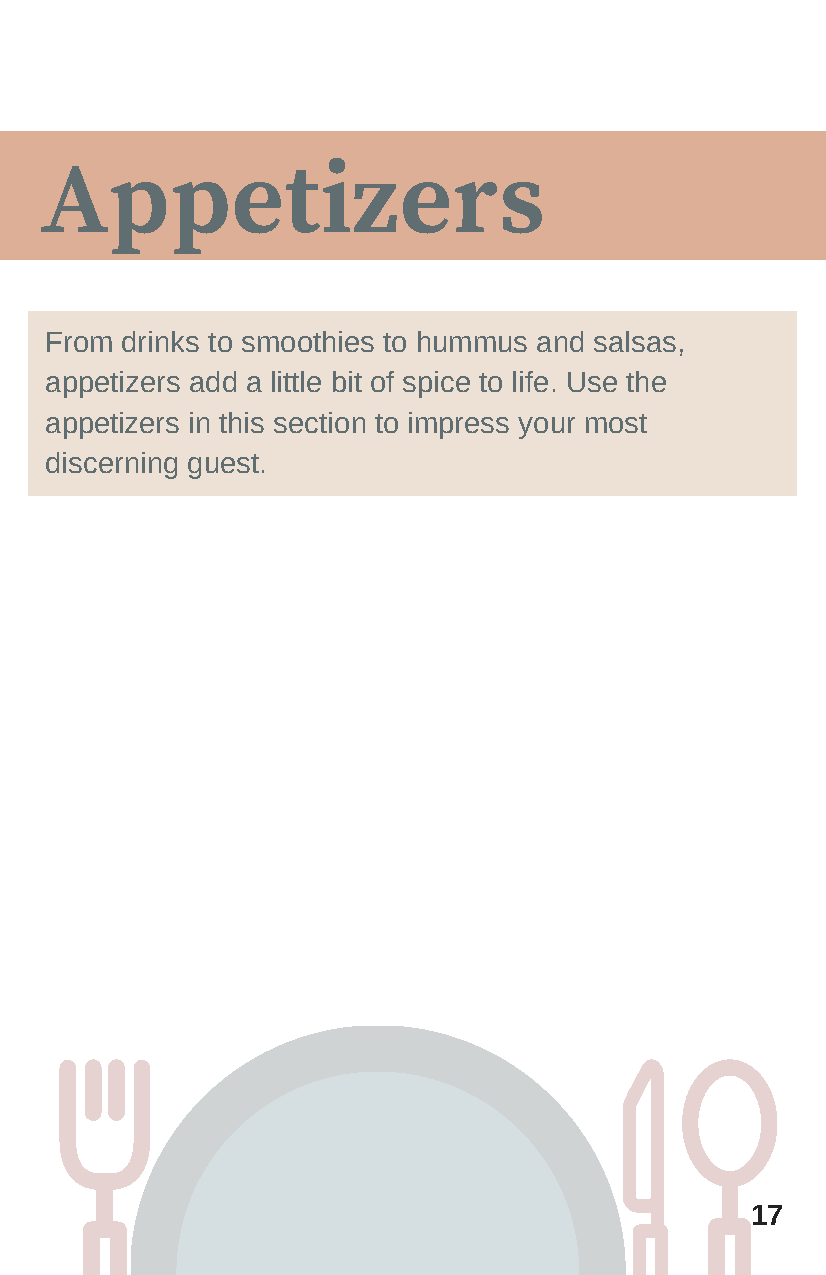
Appetizers
 From drinks to smoothies to hummus and salsas,
 appetizers add a little bit of spice to life. Use the
 appetizers in this section to impress your most
 discerning guest.
 17